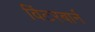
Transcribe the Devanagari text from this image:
विंटरबार्न